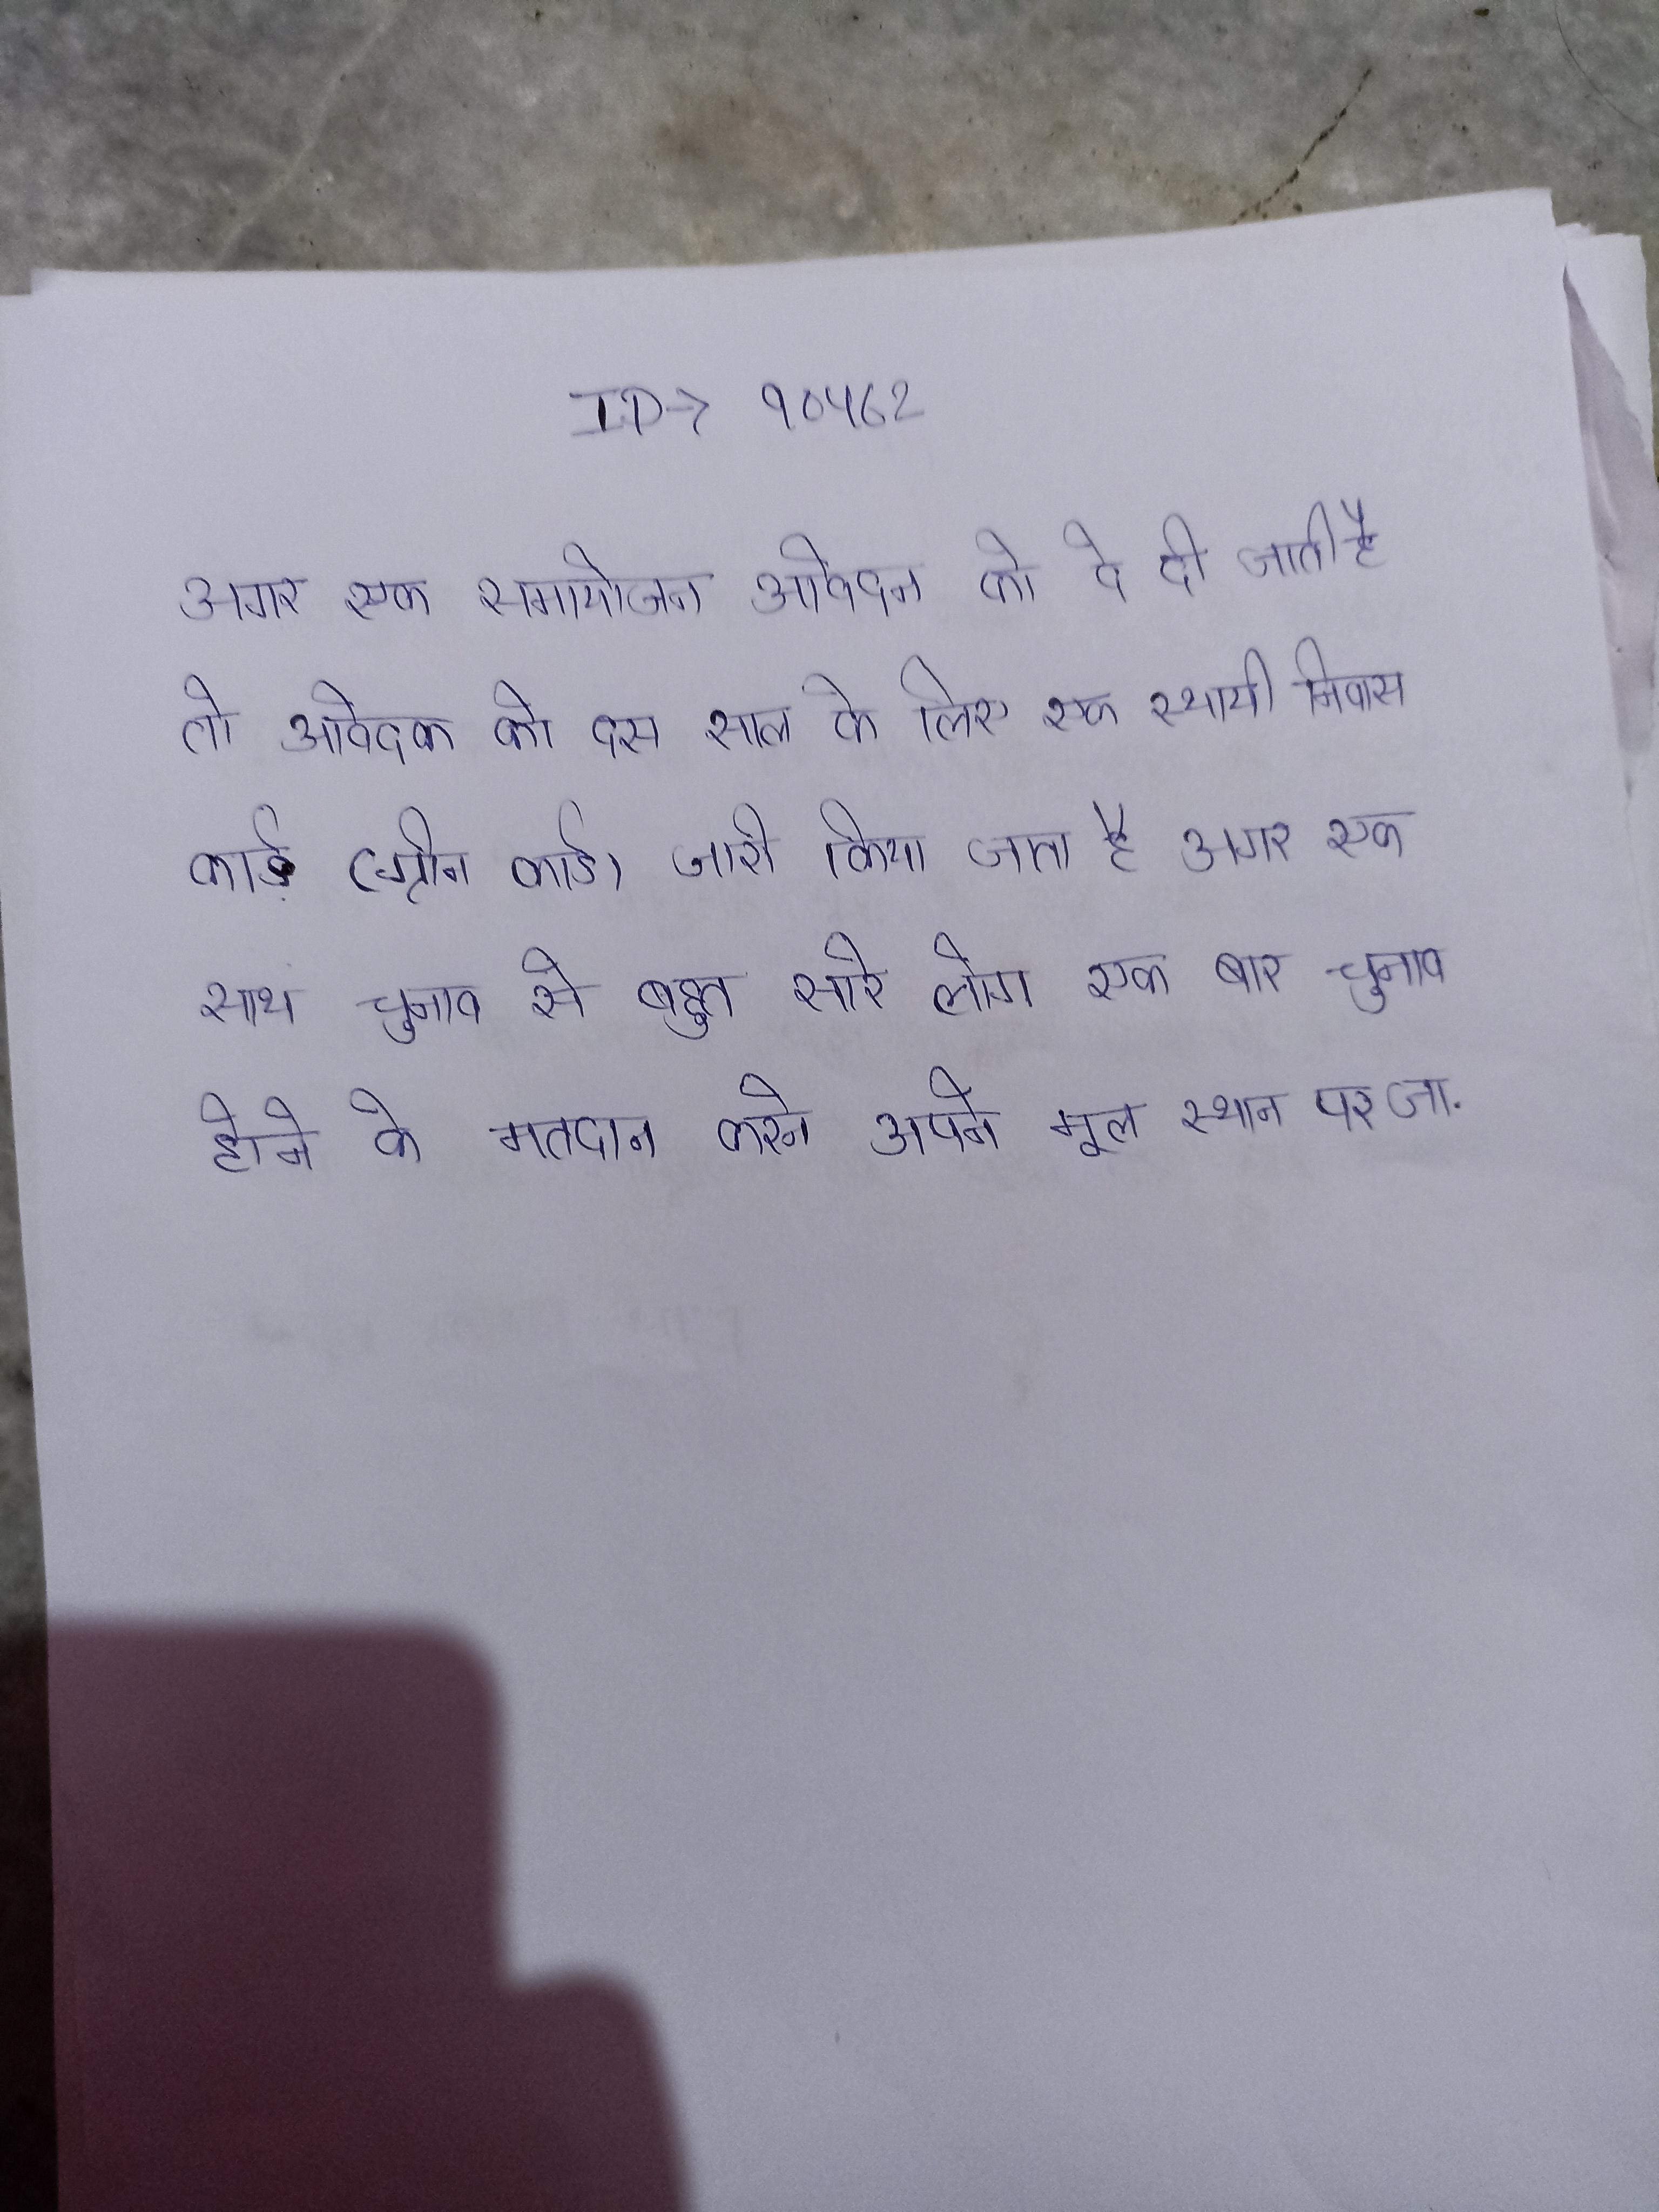
अगर एक समायोजन आवेदन को दे दी जाती है तो आवेदक को दस साल के लिए एक स्थायी निवास कार्ड (ग्रीन कार्ड) जारी किया जाता है । अगर एक साथ चुनाव से बहुत सारे लोग एक बार चुनाव होने के मतदान करने अपने मूल स्थान पर जा .